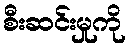
စီးဆင်းမှုကို